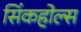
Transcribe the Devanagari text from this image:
सिंकहोल्स